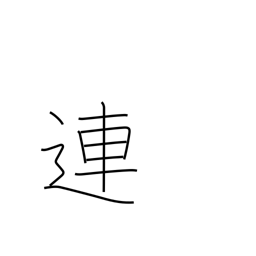
Meaning: connect